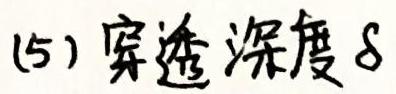
(5) 穿透深度 $\delta$